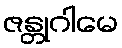
ဇန္တုဂါမေ